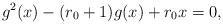
LaTeX: \begin{align*}g^2(x)-(r_0+1)g(x)+r_0 x=0,\end{align*}